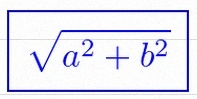
\sqrt{a^2+b^2}